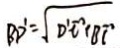
B D ^ { \prime } = \sqrt { D ^ { \prime } E + B E ^ { \prime } }